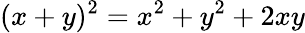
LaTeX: (x+y)^{2}=x^{2}+y^{2}+2xy